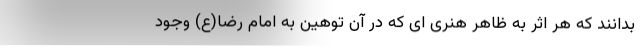
بدانند که هر اثر به ظاهر هنری ای که در آن توهین به امام رضا(ع) وجود